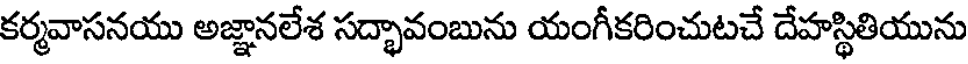
కర్మవాసనయు అజ్ఞానలేశ సద్భావంబును యంగీకరించుటచే దేహస్థితియును